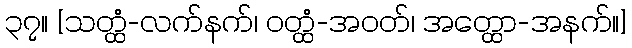
၃၇။ [သတ္ထံ-လက်နက်၊ ဝတ္ထံ-အဝတ်၊ အတ္ထော-အနက်။]